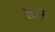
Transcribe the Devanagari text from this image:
लार्रे